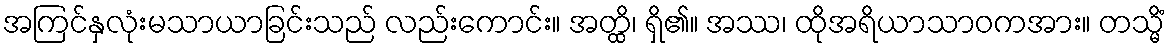
အကြင်နှလုံးမသာယာခြင်းသည် လည်းကောင်း။ အတ္ထိ၊ ရှိ၏။ အဿ၊ ထိုအရိယာသာဝကအား။ တသ္မိံ